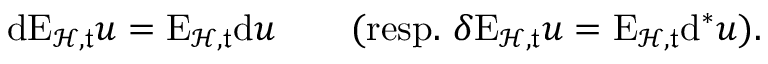
\begin{array} { r } { \mathrm { d } \mathrm { E } _ { \mathcal { H } , \mathfrak { t } } u = \mathrm { E } _ { \mathcal { H } , \mathfrak { t } } \mathrm { d } u \qquad \mathrm { ( r e s p . ~ } \delta \mathrm { E } _ { \mathcal { H } , \mathfrak { t } } u = \mathrm { E } _ { \mathcal { H } , \mathfrak { t } } \mathrm { d } ^ { \ast } u \mathrm { ) . } } \end{array}